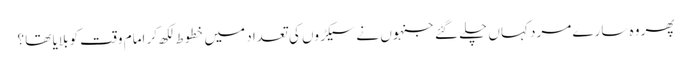
پھر وہ سارے مرد کہاں چلے گئے جنہوں نے سیکڑوں کی تعداد میں خطوط لکھ کر امام وقت کو بلایا تھا ؟